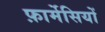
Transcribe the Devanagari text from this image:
फ़ार्मेसियों